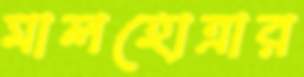
মালহোত্রার